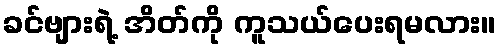
ခင်ဗျားရဲ့ အိတ်ကို ကူသယ်ပေးရမလား။